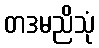
တဒမညိသုံ